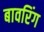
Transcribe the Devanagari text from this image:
बावरिंग